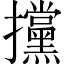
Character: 攩